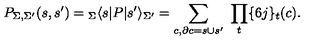
P _ { \Sigma , \Sigma ^ { \prime } } ( s , s ^ { \prime } ) = { } _ { \Sigma } \langle s | P | s ^ { \prime } \rangle _ { \Sigma ^ { \prime } } = \sum _ { c , \partial c = s \cup s ^ { \prime } } \ \prod _ { t } \{ 6 j \} _ { t } ( c ) .